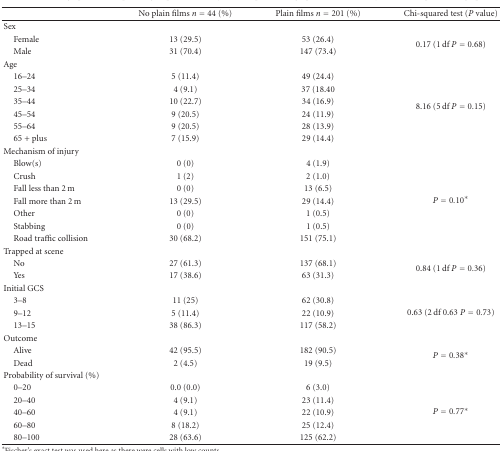
<table><thead><tr><td></td><td><b>No plain films <i>n</i> = 44 (%)</b></td><td><b>Plain films <i>n</i> = 201 (%)</b></td><td><b>Chi-squared test (<i>P</i> value)</b></td></tr></thead><tbody><tr><td>Sex</td><td></td><td></td><td></td></tr><tr><td> Female</td><td>13 (29.5)</td><td>53 (26.4)</td><td rowspan="2">0.17 (1 df <i>P</i> = 0.68)</td></tr><tr><td> Male</td><td>31 (70.4)</td><td>147 (73.4)</td></tr><tr><td>Age</td><td></td><td></td><td></td></tr><tr><td> 16–24</td><td>5 (11.4)</td><td>49 (24.4)</td><td rowspan="6">8.16 (5 df <i>P</i> = 0.15)</td></tr><tr><td> 25–34</td><td>4 (9.1)</td><td>37 (18.40</td></tr><tr><td> 35–44</td><td>10 (22.7)</td><td>34 (16.9)</td></tr><tr><td> 45–54</td><td>9 (20.5)</td><td>24 (11.9)</td></tr><tr><td> 55–64</td><td>9 (20.5)</td><td>28 (13.9)</td></tr><tr><td> 65 + plus</td><td>7 (15.9)</td><td>29 (14.4)</td></tr><tr><td>Mechanism of injury</td><td></td><td></td><td></td></tr><tr><td> Blow(s)</td><td>0 (0)</td><td>4 (1.9)</td><td rowspan="7"><i>P</i> = 0.10*</td></tr><tr><td> Crush</td><td>1 (2)</td><td>2 (1.0)</td></tr><tr><td> Fall less than 2 m</td><td>0 (0)</td><td>13 (6.5)</td></tr><tr><td> Fall more than 2 m</td><td>13 (29.5)</td><td>29 (14.4)</td></tr><tr><td> Other</td><td>0 (0)</td><td>1 (0.5)</td></tr><tr><td> Stabbing</td><td>0 (0)</td><td>1 (0.5)</td></tr><tr><td> Road traffic collision</td><td>30 (68.2)</td><td>151 (75.1)</td></tr><tr><td>Trapped at scene</td><td></td><td></td><td></td></tr><tr><td> No</td><td>27 (61.3)</td><td>137 (68.1)</td><td rowspan="2">0.84 (1 df <i>P</i> = 0.36)</td></tr><tr><td> Yes</td><td>17 (38.6)</td><td>63 (31.3)</td></tr><tr><td>Initial GCS</td><td></td><td></td><td></td></tr><tr><td> 3–8</td><td>11 (25)</td><td>62 (30.8)</td><td rowspan="3">0.63 (2 df 0.63 <i>P</i> = 0.73)</td></tr><tr><td> 9–12</td><td>5 (11.4)</td><td>22 (10.9)</td></tr><tr><td> 13–15</td><td>38 (86.3)</td><td>117 (58.2)</td></tr><tr><td>Outcome</td><td></td><td></td><td></td></tr><tr><td> Alive</td><td>42 (95.5)</td><td>182 (90.5)</td><td rowspan="2"><i>P</i> = 0.38*</td></tr><tr><td> Dead</td><td>2 (4.5)</td><td>19 (9.5)</td></tr><tr><td>Probability of survival (%)</td><td></td><td></td><td></td></tr><tr><td> 0–20</td><td>0.0 (0.0)</td><td>6 (3.0)</td><td rowspan="5"><i>P</i> = 0.77*</td></tr><tr><td> 20–40</td><td>4 (9.1)</td><td>23 (11.4)</td></tr><tr><td> 40–60</td><td>4 (9.1)</td><td>22 (10.9)</td></tr><tr><td> 60–80</td><td>8 (18.2)</td><td>25 (12.4)</td></tr><tr><td> 80–100</td><td>28 (63.6)</td><td>125 (62.2)</td></tr></tbody></table>